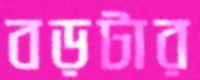
বড়টার